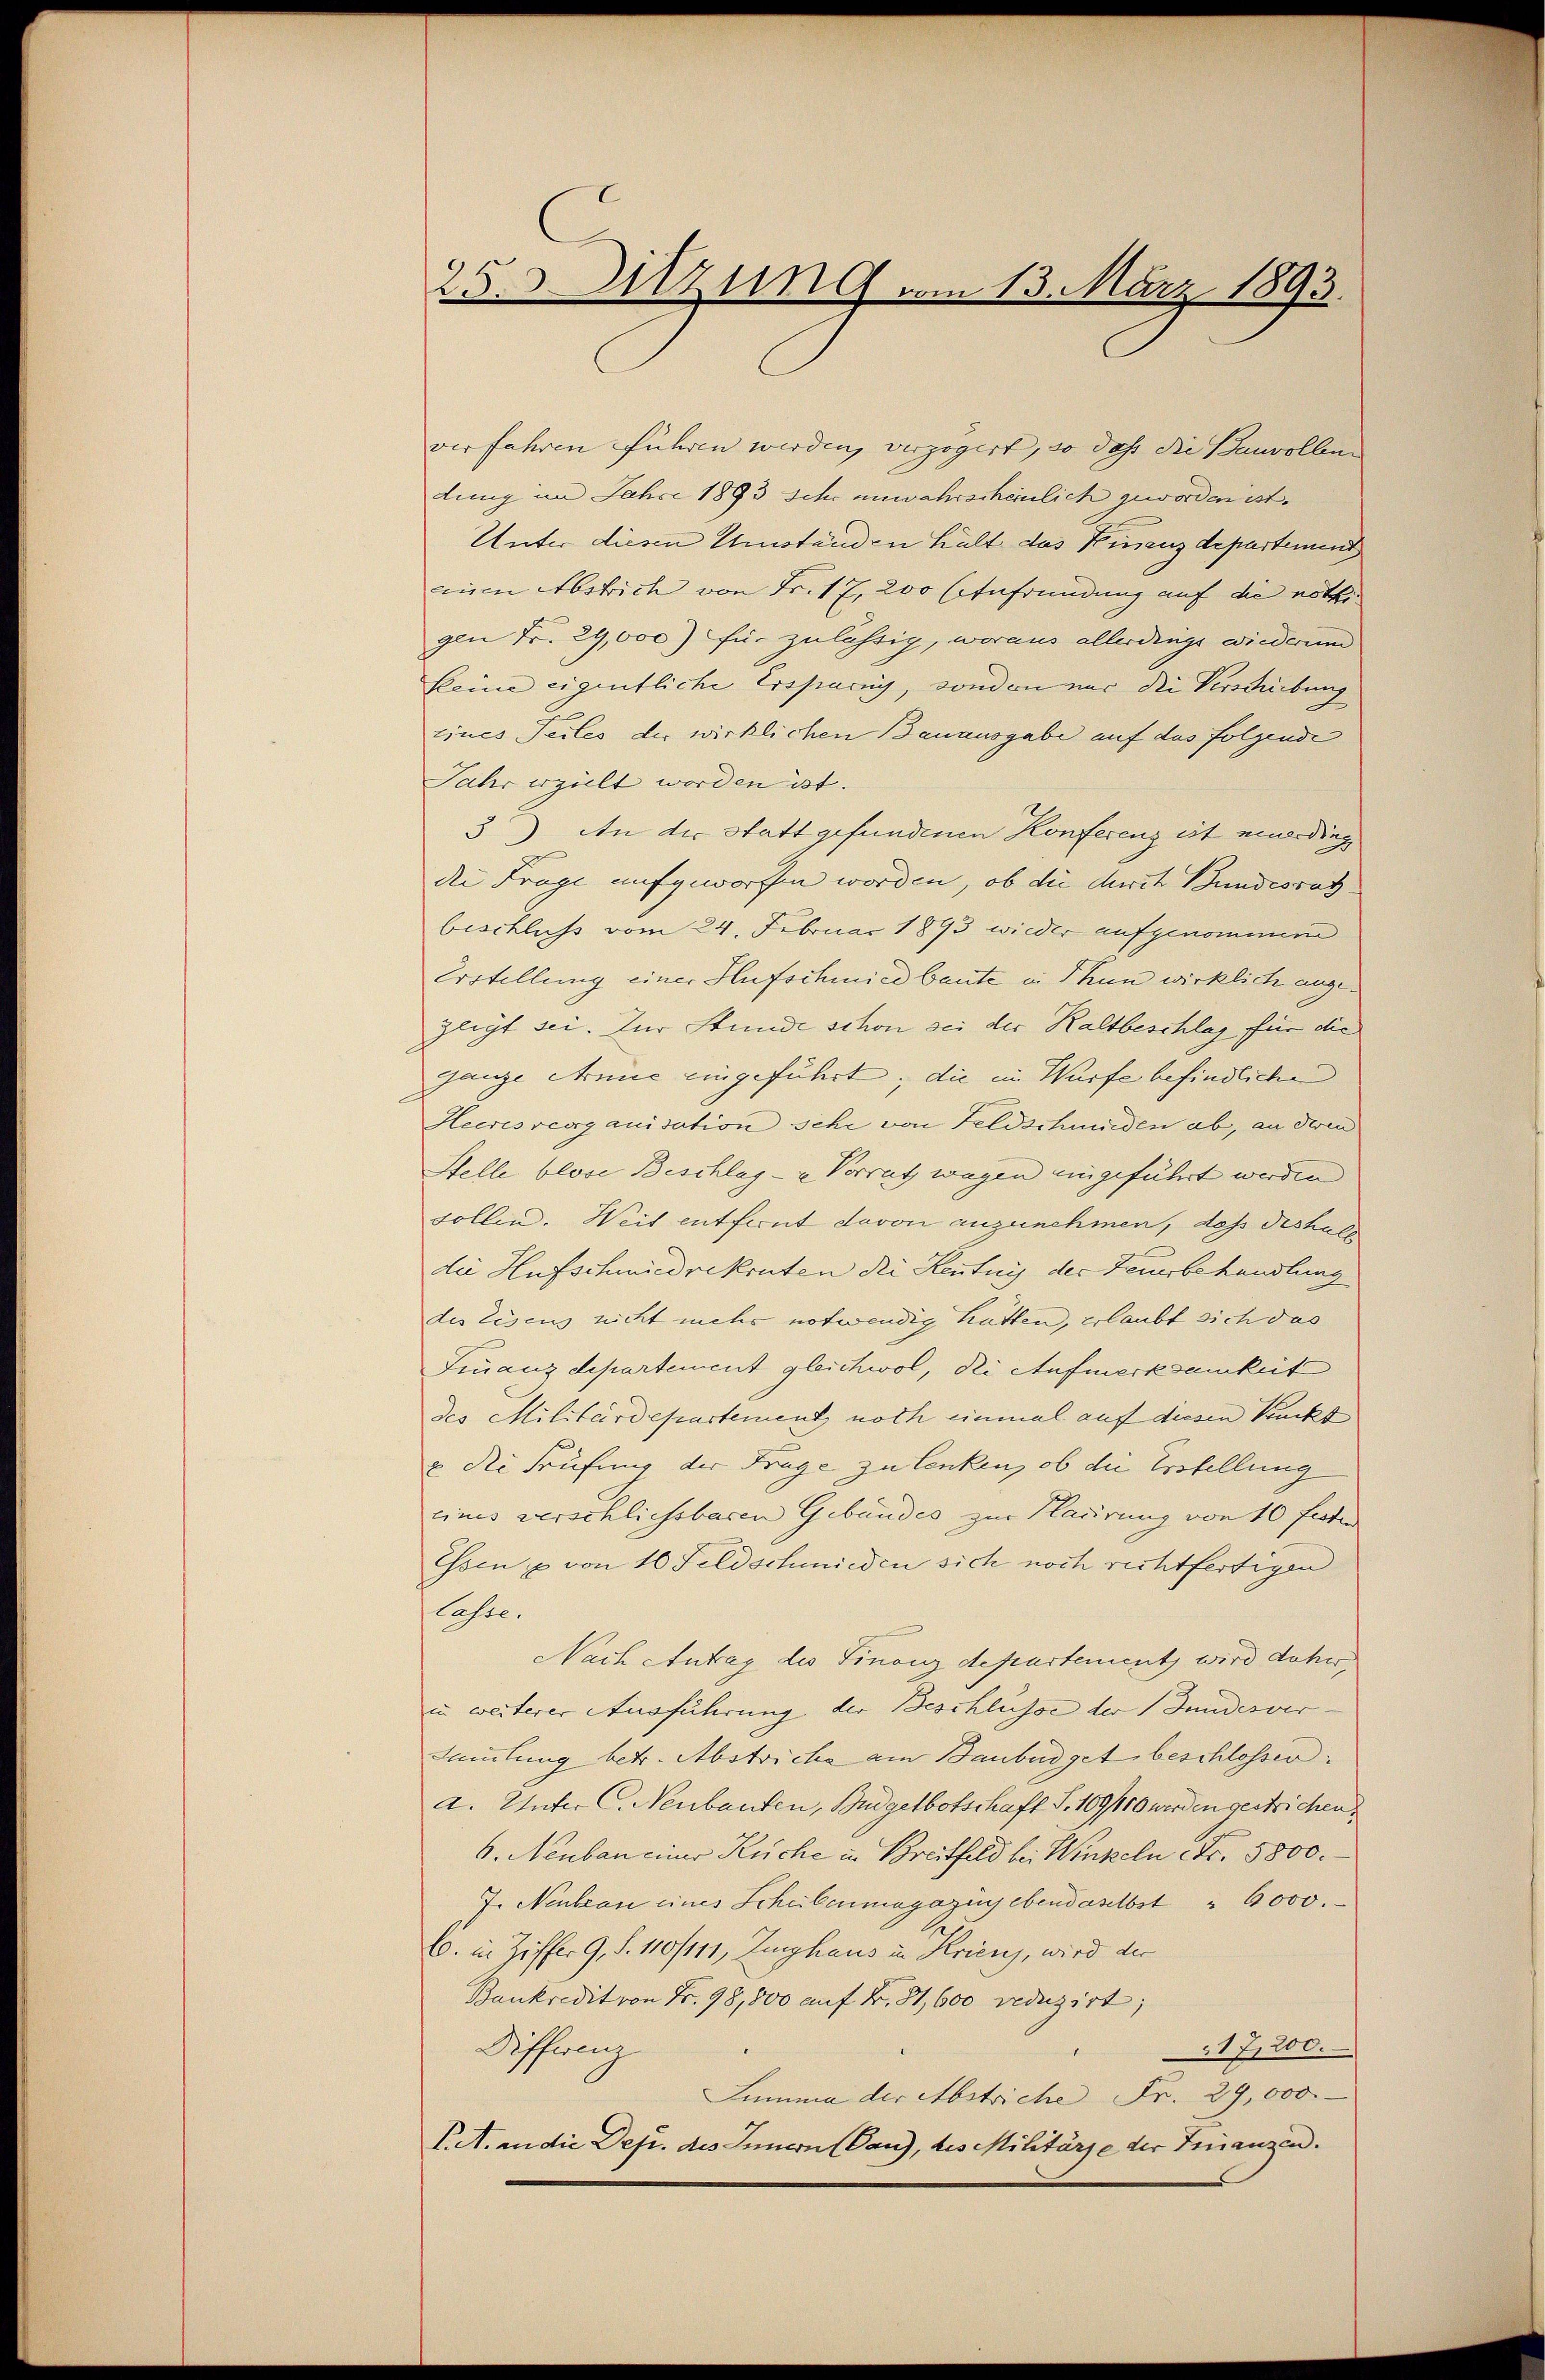
25. Sitzung am 13. März 1893.

verfahren führen werden, verzögert, so dass die Bauvollen
dung im Jahre 1893 sehr unwahrscheinlich geworden ist.
Unter diesen Umständen halt das Finanzdepartement
einen Abstrich von Fr. 17, 200 (aufründung auf die nöthigen Fr. 29,000) für zulässig, woraus allerdings wiederum
kleine eigentliche Ersparny, sonden nur die Verschübung
cines Teiles des wirklichen Bauausgabe auf das folgende
Jahr erzielt worden ist. |
3) An der Statt gefundenen Konferenz ist neuerding
die Frage aufgeworfen worden, ob die Mit Bundesrat
beschluss vom 24. Februar 1893 wieder aufgenommene
Erstellung einer Hufschmied baute in Thun wirklich angegligt sei. Zur Stunde schon sei der Kaltbeschlag für die
ganze Annie eingeführt; die in Würfe befindliche
Heeres verganisation sehr von Feldschmieden ab, an darin
Stelle blose Beschlag - u. Vorrath wegen engeführt werden
sollen. Weit entfernt davon anzunehmen, daß deshaldie Hufschmiedrekruten die Kenntnis der Teuerbehandlung
des Eisens nicht mehr notwendig hätten, erlaubt sich das
Finanzdepartement gleichwol, die Aufmerksamkeit
des Militärdepartement noch einmal auf diesen Kuckt
u die Prüfung der Frage zu lenken, ob die Erstellung
eines verschliessbaren Gebäudes zur Hacirung von 10 festen
Essen u von 10 Feldschmieden sich noch rechtfertigen
lasse.
Nach Antrag des Finanzdepartement wird daher,
u weiterer Ausführung der Beschlüsse der Bundesver-
Samlung betr. Abstriche am Baubüdget beschlossen.
a. Unter C. Neubauten, Budgetbotschaft S. 109/10 werden gestrichen,
6. Neubau einer Küche in Breitfeld bei Winkeln Nr. 5800.
J. Neubau eines Scheibenmagazins ebendaselbst 4000.
C. u. Ziffer 9, S. 110/111, Zughaus in Kriens, wird der
Bankredit von Fr. 98,800 auf Fr. 81,600 reduzirt;
17,200.
Differenz
mhei
Summa der Abstriche Fr. 29,000
Pet. an die Dep. des Innern (Dan), des Militärse der Franzen.